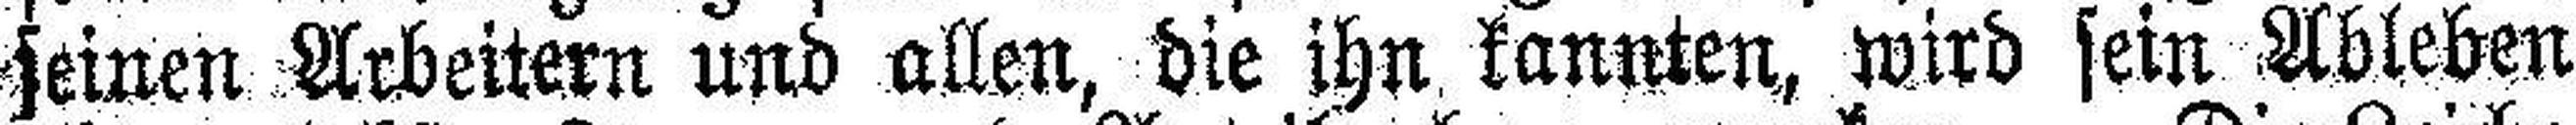
seinen Arbeitern und allen, die ihn kannten, wird sein Ableben